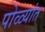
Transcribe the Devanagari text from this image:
पोळ्यांत